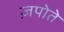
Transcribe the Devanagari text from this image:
ज़पोते